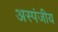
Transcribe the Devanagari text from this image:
अस्पंजीय